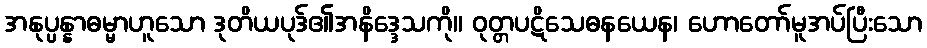
အနုပ္ပန္နာဓမ္မာဟူသော ဒုတိယပုဒ်၏အနိဒ္ဒေသကို။ ဝုတ္တပဋိသေဓနယေန၊ ဟောတော်မူအပ်ပြီးသော